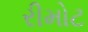
રીમોટ